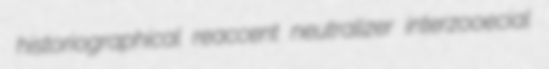
historiographical reaccent neutralizer interzooecial